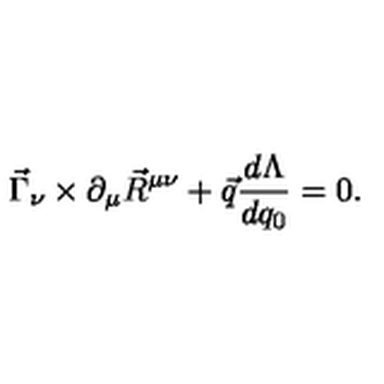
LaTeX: \vec { \Gamma } _ { \nu } \times \partial _ { \mu } \vec { R } ^ { \mu \nu } + \vec { q } \frac { d \Lambda } { d q _ { 0 } } = 0 .